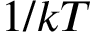
1 / k T